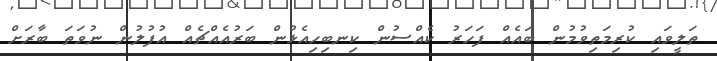
ތަލީވައި ކުރިމަތިވުމުން ބައެއް ފަހަރު ކެއްސުން ކިނބިހިއެޅުން ބަރުއެއްޗެއް އުފުލުން ނުވަތަ ބާރަށް